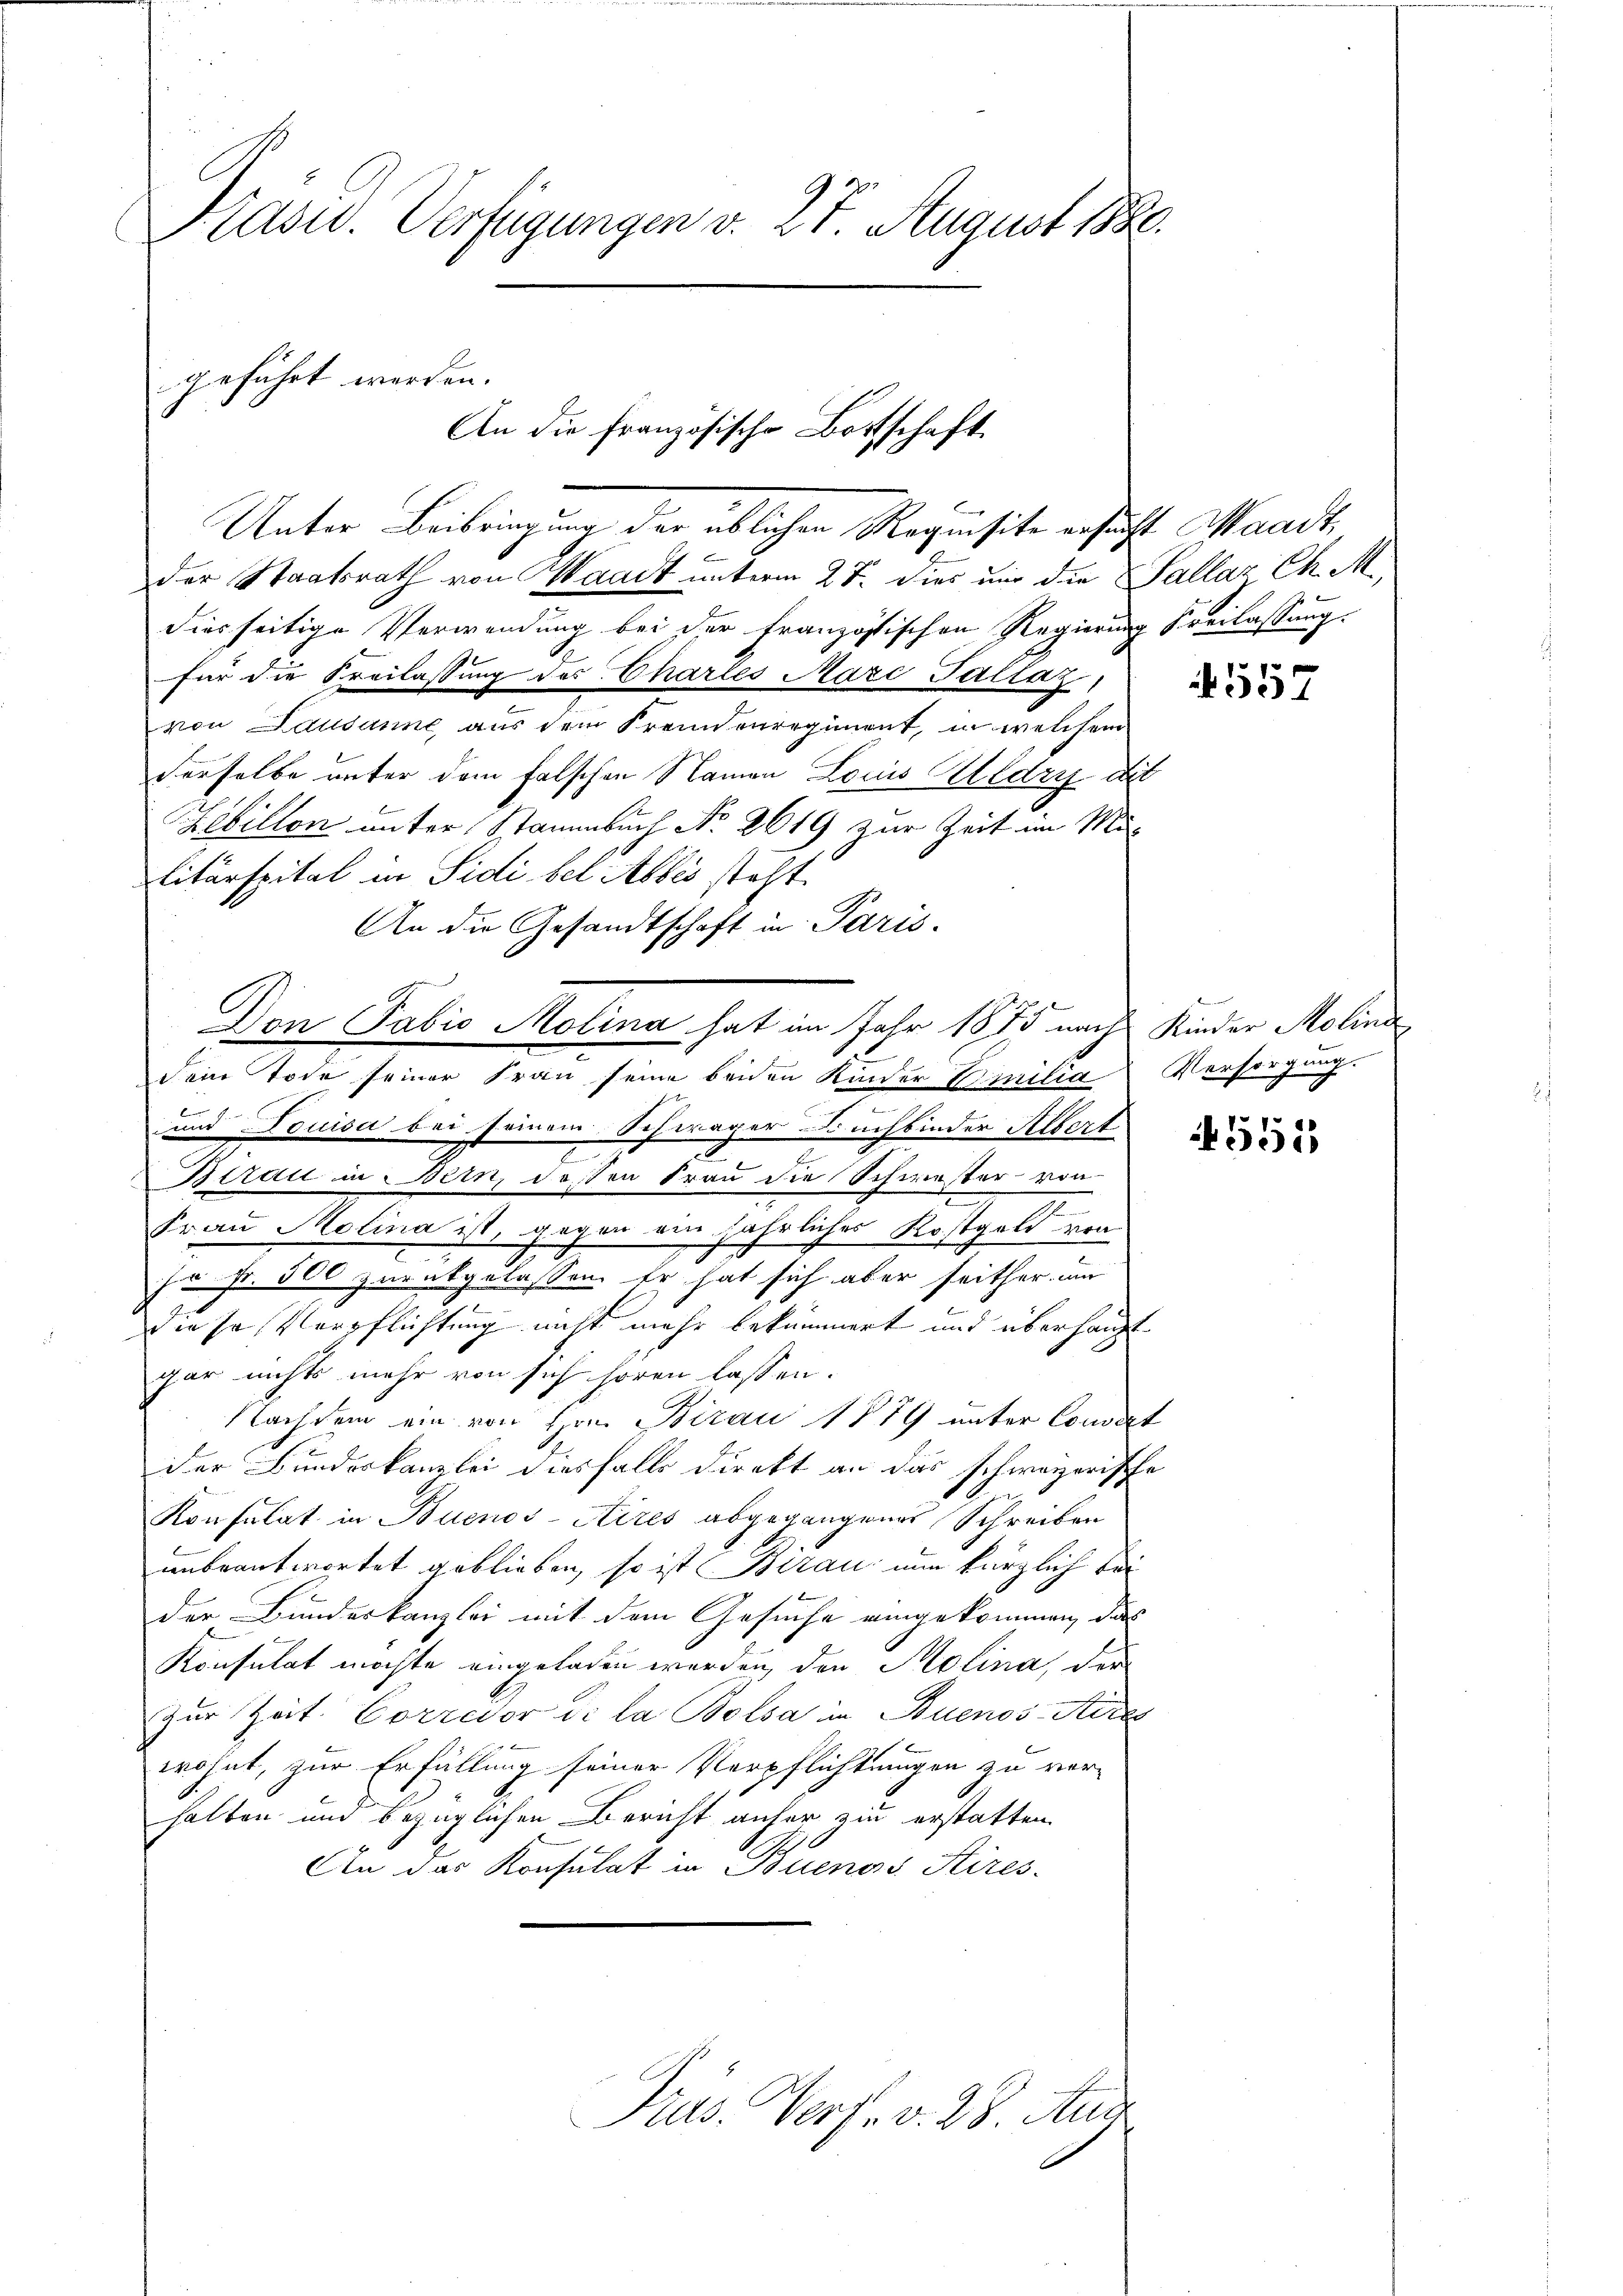
Präsid. Verfügungen v. 27. August 18.

geführt werden.
An die Französische Bottschaft.
Unter Beibringung der üblichen Requisite ersucht Waadt,

der Staatsrath von Waadt unterm 27. dies nur die Sallar Ch. M
diesseitige Verwendung bei der Französischen Regierung Freilassung
für die Freilassung des Charles Marc Pallaz
von Lausanne aus dem Freundenregiment, in welchem
derselbe unter dem falschen Namen Louis Kledry dit
Hebillon unter Stammbuch No. 2619 zur Zeit im Militärspital in Sidi bel Albis steht.
An die Gesandtschaft in Paris.
und Louisa bei seinem Schwager Buchbinder Albert
Berau in Bern, dessen Frau die Schwester von-
Frau Molina ist, gegen ein jährliches Kostgeld von
jo Fr. 500 zurückgelassen. Er hat sich aber seither um
die so Verpflichtung nicht mehr bekümmert und überhaupt
gar nichts mehr von sich hören lassen.
Nachdem ein von Hrn. Birau 1879 unter Couvert
der Bundeskanzlei diesfalls direkt an das schweizerische
Konsulat in Buenos-Aires abgegangenes Schreiben
unbeantwortet geblieben, so ist Birau nun kürzlich bei
der Bundeskanzlei mit dem Gesuche eingekommen, das
Konsulat möchte eingeladen werden, den Molina, der
Zur Zeit. Corredor de la Bolsa in Buenos-Aires
wohnt, zur Erfüllung seiner Verpflichtungen zu ver-
halten und bezüglichen Bericht anher zu erstatten.
An das Konsulat in Buenos Aires.
Pras. Verf. v. 28. Aug

Don Pabio Molina hat im Jahr 1875 nach Kinder Molina
Dein Tode seiner Frau seine beiden Kinder Spilia Versorgung.

4557

551